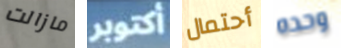
مازالت أكتوبر أحتمال وحده